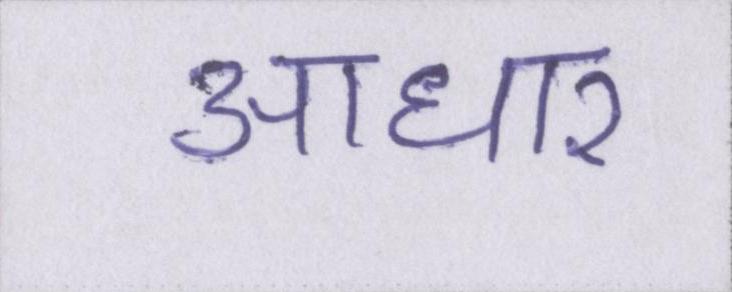
आधार